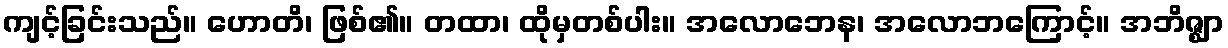
ကျင့်ခြင်းသည်။ ဟောတိ၊ ဖြစ်၏။ တထာ၊ ထိုမှတစ်ပါး။ အလောဘေန၊ အလောဘကြောင့်။ အဘိဇ္ဈာ